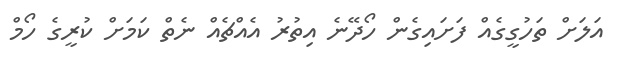
އަލަށް ތަހުގީގެއް ފަށައިގެން ހޯދޭނެ އިތުރު އެއްޗެއް ނެތް ކަމަށް ކުރީގެ ހޯމް